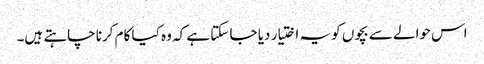
اس حوالے سے بچوں کو یہ اختیار دیا جا سکتا ہے کہ وہ کیا کام کرنا چاہتے ہیں۔